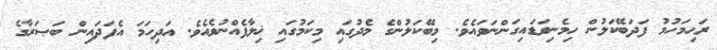
ރަޙިމަހުމު ފަދަބޭކަލުން ހިމެނިވަޑައިގަންނަވައެވެ. މިބޭކަލުންގެ މެދުގައި މިކަމުގައި ޚިލާފެއްނުވެއެވެ. އަދިހަމަ އެފަދައިން ބަޞަރާގެ